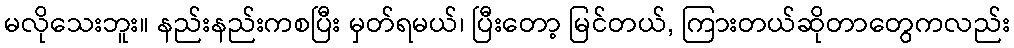
မလိုသေးဘူး။ နည်းနည်းကစပြီး မှတ်ရမယ်၊ ပြီးတော့ မြင်တယ်, ကြားတယ်ဆိုတာတွေကလည်း